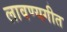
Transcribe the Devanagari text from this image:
लावण्यगीत